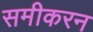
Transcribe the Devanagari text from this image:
समीकरन